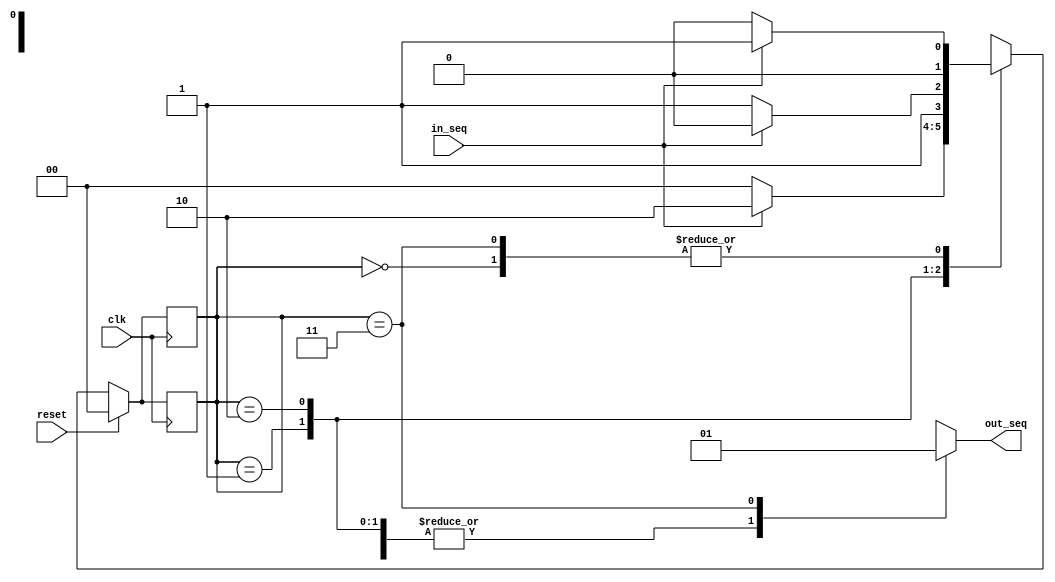
module moore_110(reset,clk,in_seq,out_seq);
input reset;
input clk;
input in_seq;
output out_seq;
//----------- Parameters defining State machine States-----

parameter S0 = 3'b00, S1 = 3'b01, S2 = 3'b10, S3 = 3'b11;
reg out_seq;

reg [1:0] state; 
reg [1:0] next_state;

always @ (posedge clk)
begin
  if (reset)
    state<= S0;
  else
    state<= next_state;
end
  
always @ (state or in_seq)
begin 
next_state = 2'b00;
case(state)

  S0 : begin
  out_seq = 1'b0;
  if (in_seq == 1'b0)
  next_state = S0;
  else
  next_state = S1;
  end

  S1 : begin
  out_seq = 1'b0;
  if (in_seq == 1'b0)
  next_state = S0;
  else
  next_state = S2;
  end

  S2 : begin
  out_seq = 1'b0;
  if (in_seq == 1'b0)
  next_state = S3;
  else
  next_state = S2;
  end

  S3 : begin
  out_seq = 1'b1;
  if (in_seq == 1'b0)
  next_state = S0;
  else
  next_state = S1;
  end

  default : begin
  next_state = S0; out_seq = 1'b0;
  end
endcase
end

always @ (posedge clk)
begin 
if (reset == 1'b1) state <= S0;
else state <= next_state;
end
endmodule